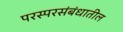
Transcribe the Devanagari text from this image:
परस्परसंबंधातील